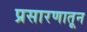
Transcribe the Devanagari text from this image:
प्रसारणातून